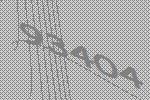
93404